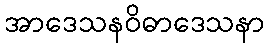
အာဒေသနဝိဓာဒေသနာ